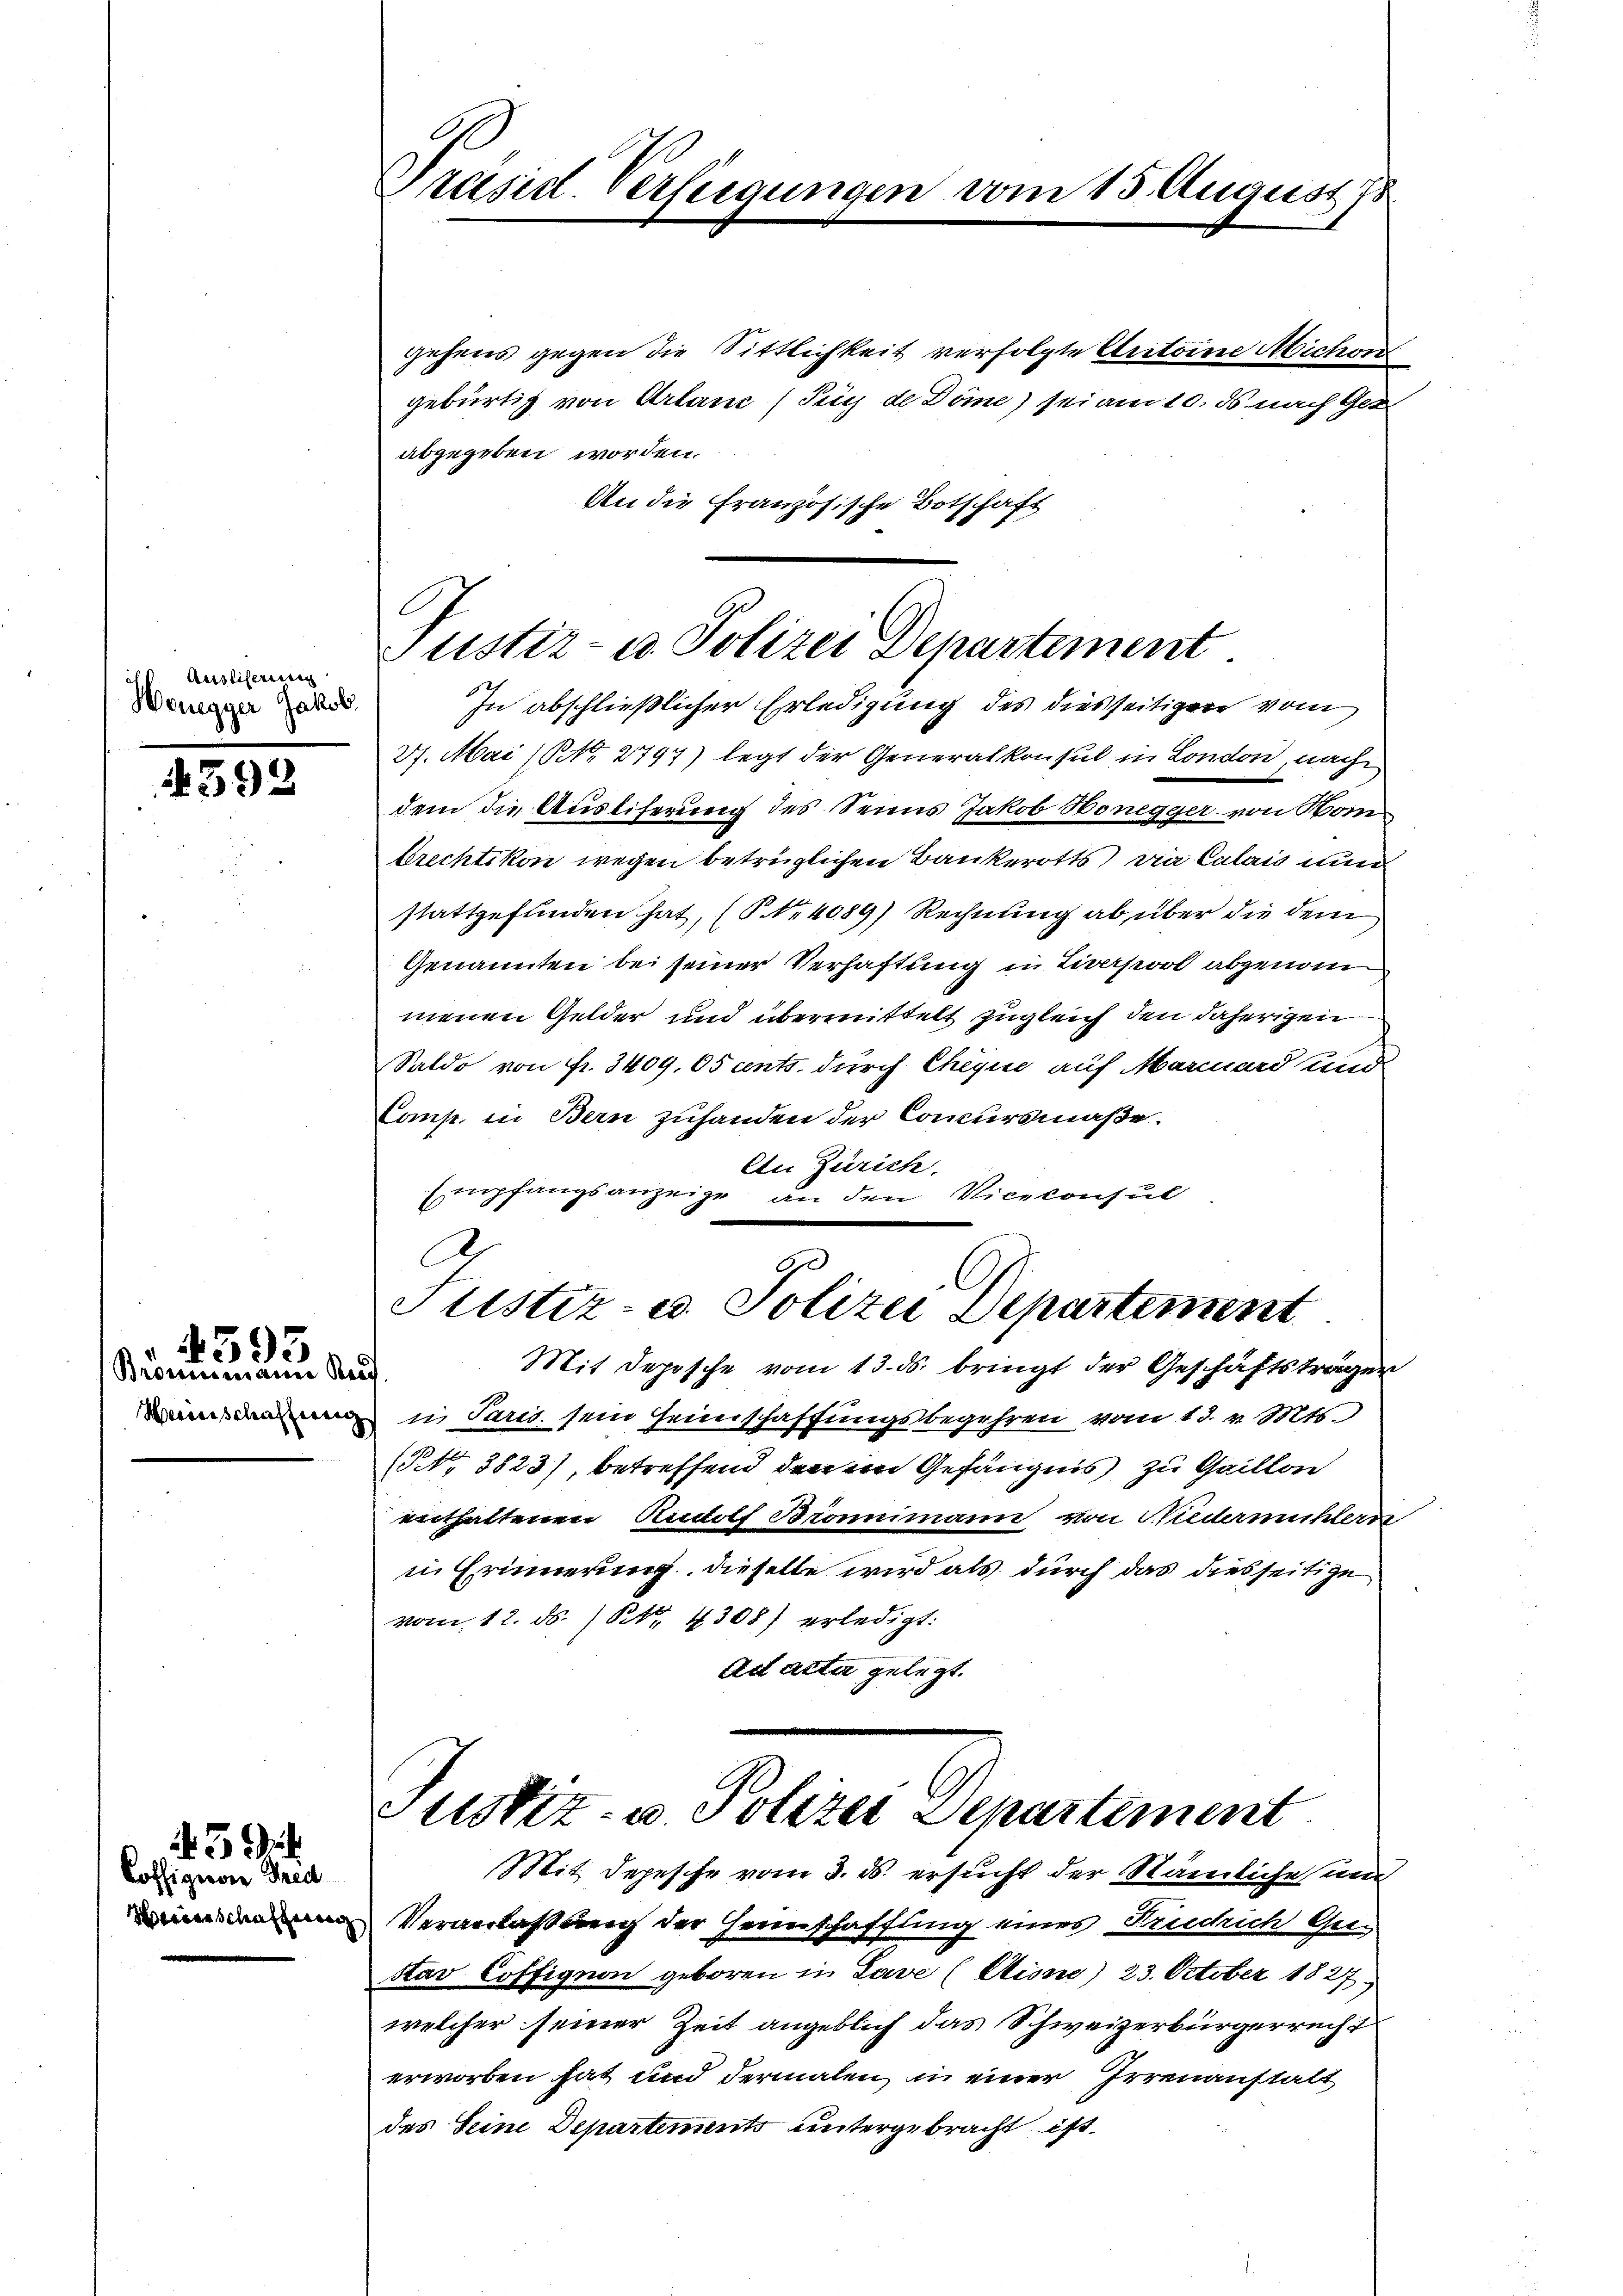
Auslifereing
Honegger Jakob.

4592

1393

Brounmann Baad
Hessenschafferenz

Coffigion Gred
rinschaffung

3

Präsid. Versiegungen

Justiz- u. Polizei Departement
In abschließlicher Erledigung des dießseitiger vom

gehens gegen die Sittlichkeit verfolgte Antoine Absichen
gebürtig von Arlanc (Tuy de Döme) sei am 10. ds nach Ger
abgegeben worden.
An die Französische Botschaft
27. Mai (NNo. 2797) legt der Generalkonsul in London, nach
dem die Ausliferung des Senns Jakob Honegger, von Nom
brechtikon wegen betrüglichen Bankerotts die Calais nun
stattgefunden hat, (Nr. 4089) Rechnung ab über die dem
Genannten bei seiner Verhaftung in Liverpool abgenom
menen Gelder und übermittelt zugleich den daherigen
Saldo von fr. 3409. 05 cents. durch Cheque auf Marmord und
Comp. in Bern zuhanden der Concursmaße
An Zürich.
Empfangsanzeige den Vicekonsul

vom 13. August s

Justiz- u. Polizei Departement
Mit Depesche vom 13. ds. bringt der Geschäftsträgen

i Paris sein Heimschaffungsbegehren vom 13. v. Mts.
(NNo. 3823), betreffend den ein Gefängnis zu Gaillon
enthaltenen Rudolf Bronimann von Niedermühlern
in Erinnerung, dieselbe wird als durch das diesseitige
vom 12. ds. / Kt. 4308) erledigt:
ad acter gelegt.

ustiz- u Polizei Departement
Mit Depesche vom 3. ds. ersucht der Nämliche und

Veranlassung der Heimschaffung eines Friedrich Ge¬
Aar Coffignon geboren in Lave (Eisne) 23. October 1827.
welcher seiner Zeit angeblich das Schweizerbürgerrecht
erworben hat und dermalen in einer Irrenanstalt
des Seine Departements untergebracht ist.